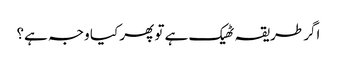
اگر طریقہ ٹھیک ہے تو پھر کیا وجہ ہے؟